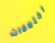
اختلافات